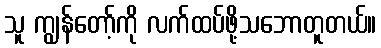
သူ ကျွန်တော့်ကို လက်ထပ်ဖို့သဘောတူတယ်။